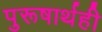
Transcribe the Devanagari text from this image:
पुरूषार्थही